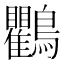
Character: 鸜